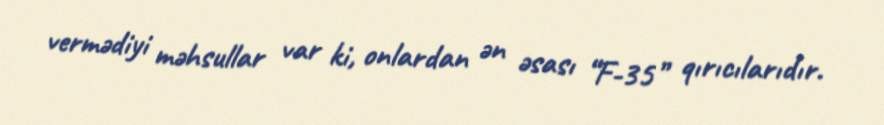
vermədiyi məhsullar var ki, onlardan ən əsası “F-35” qırıcılarıdır.